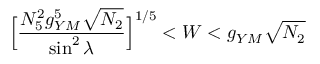
\Big [ \frac { N _ { 5 } ^ { 2 } g _ { Y M } ^ { 5 } \sqrt { N _ { 2 } } } { \sin ^ { 2 } \lambda } \Big ] ^ { 1 / 5 } < W < g _ { Y M } \sqrt { N _ { 2 } }